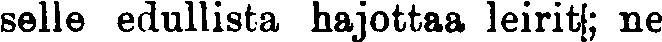
selle edullista hajottaa leirit; ne